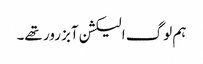
ہم لوگ الیکشن آبزرور تھے۔